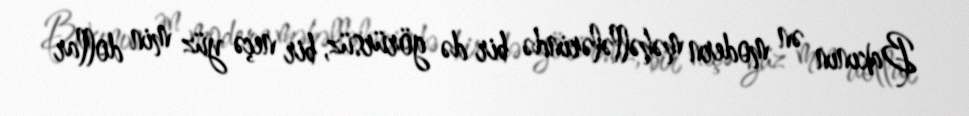
Bakının ən modern məhəllələrində bir də görürsüz, bir neçə yüz min dollar